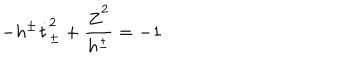
- h ^ { \pm } \dot { t } _ { \pm } ^ { 2 } + \frac { \dot { Z } ^ { 2 } } { h ^ { \pm } } = - 1